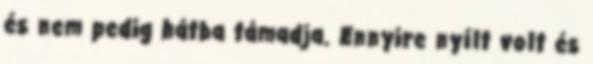
és nem pedig hátba támadja. Ennyire nyílt volt és